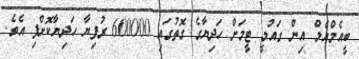
ބީއެމްއެލް އިން ގައުމީ ޓީމަށް ހަދިޔާގެ ގޮތުގައި 600000 ރުފިޔާ ހަދިޔާކޮށްފި އެވެ.